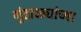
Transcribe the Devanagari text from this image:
गुंडाळ्यांच्या